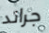
جراند